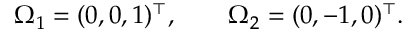
\Omega _ { 1 } = ( 0 , 0 , 1 ) ^ { \top } , \qquad \Omega _ { 2 } = ( 0 , - 1 , 0 ) ^ { \top } .